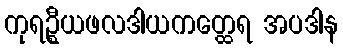
ကုရဦ္စယဖလဒါယကတ္ထေရ အပဒါန